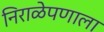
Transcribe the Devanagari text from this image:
निराळेपणाला